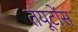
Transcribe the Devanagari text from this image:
तयूटोंस